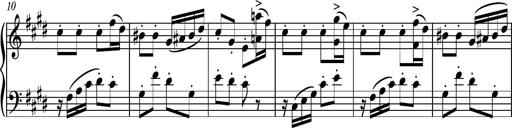
Title: Piano Sonatina No.7
Composer: Dimitri Sykias
Key: G major